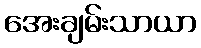
အေးချမ်းသာယာ